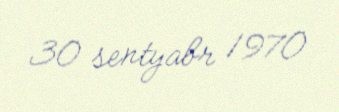
30 sentyabr 1970